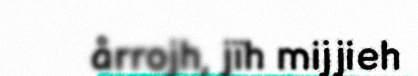
årrojh, jïh mijjieh